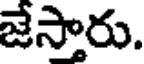
జేస్తారు.